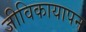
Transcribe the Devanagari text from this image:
जीविकायापन